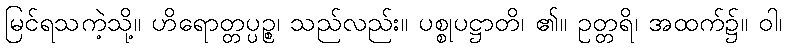
မြင်ရသကဲ့သို့။ ဟိရောတ္တပ္ပဉ္စ၊ သည်လည်း။ ပစ္စုပဋ္ဌာတိ၊ ၏။ ဥတ္တရိ၊ အထက်၌။ ဝါ၊